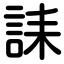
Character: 誄